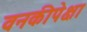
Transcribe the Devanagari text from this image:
वनकीपेक्षा